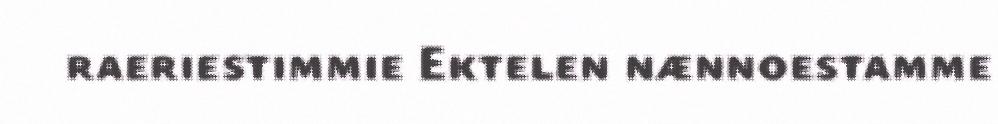
raeriestimmie Ektelen nænnoestamme